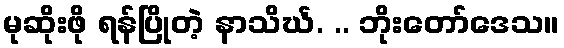
မုဆိုးဖို ရန်ပြိုတဲ့ နာသိင်္ဃ. .. ဘိုးတော်ဒေသ။